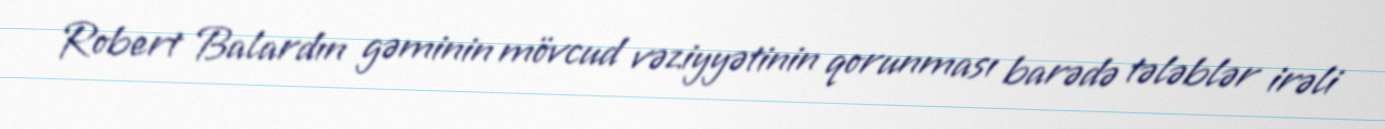
Robert Balardın gəminin mövcud vəziyyətinin qorunması barədə tələblər irəli